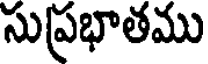
సుప్రభాతము